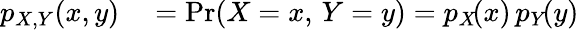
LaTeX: \begin{array}{rl}{p_{X,Y}\! \left(x,y\right)}&{{}{}=\operatorname*{Pr}(X=x,\, Y=y)=p_{X}\! (x)\, p_{Y}\! (y)}\end{array}